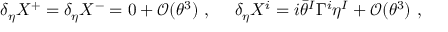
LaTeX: \delta _ { \eta } X ^ { + } = \delta _ { \eta } X ^ { - } = 0 + { \mathcal O } ( \theta ^ { 3 } ) ~ , ~ ~ ~ ~ \delta _ { \eta } X ^ { i } = i \bar { \theta } ^ { I } \Gamma ^ { i } \eta ^ { I } + { \mathcal O } ( \theta ^ { 3 } ) ~ ,